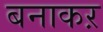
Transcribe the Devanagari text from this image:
बनाकऱ